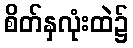
စိတ်နှလုံးထဲ၌